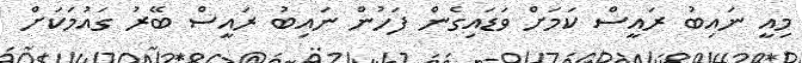
މިއީ ނައިބު ރައީސް ކަމަށް ވަޑައިގެން ފަހުން ނައިބު ރައީސް ބޭރު ގައުމަކަށް